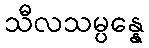
သီလသမ္ပန္နေ